65_HS1-834228961_62-HQ-83894_Section_4
Agency: FBI
Page 42
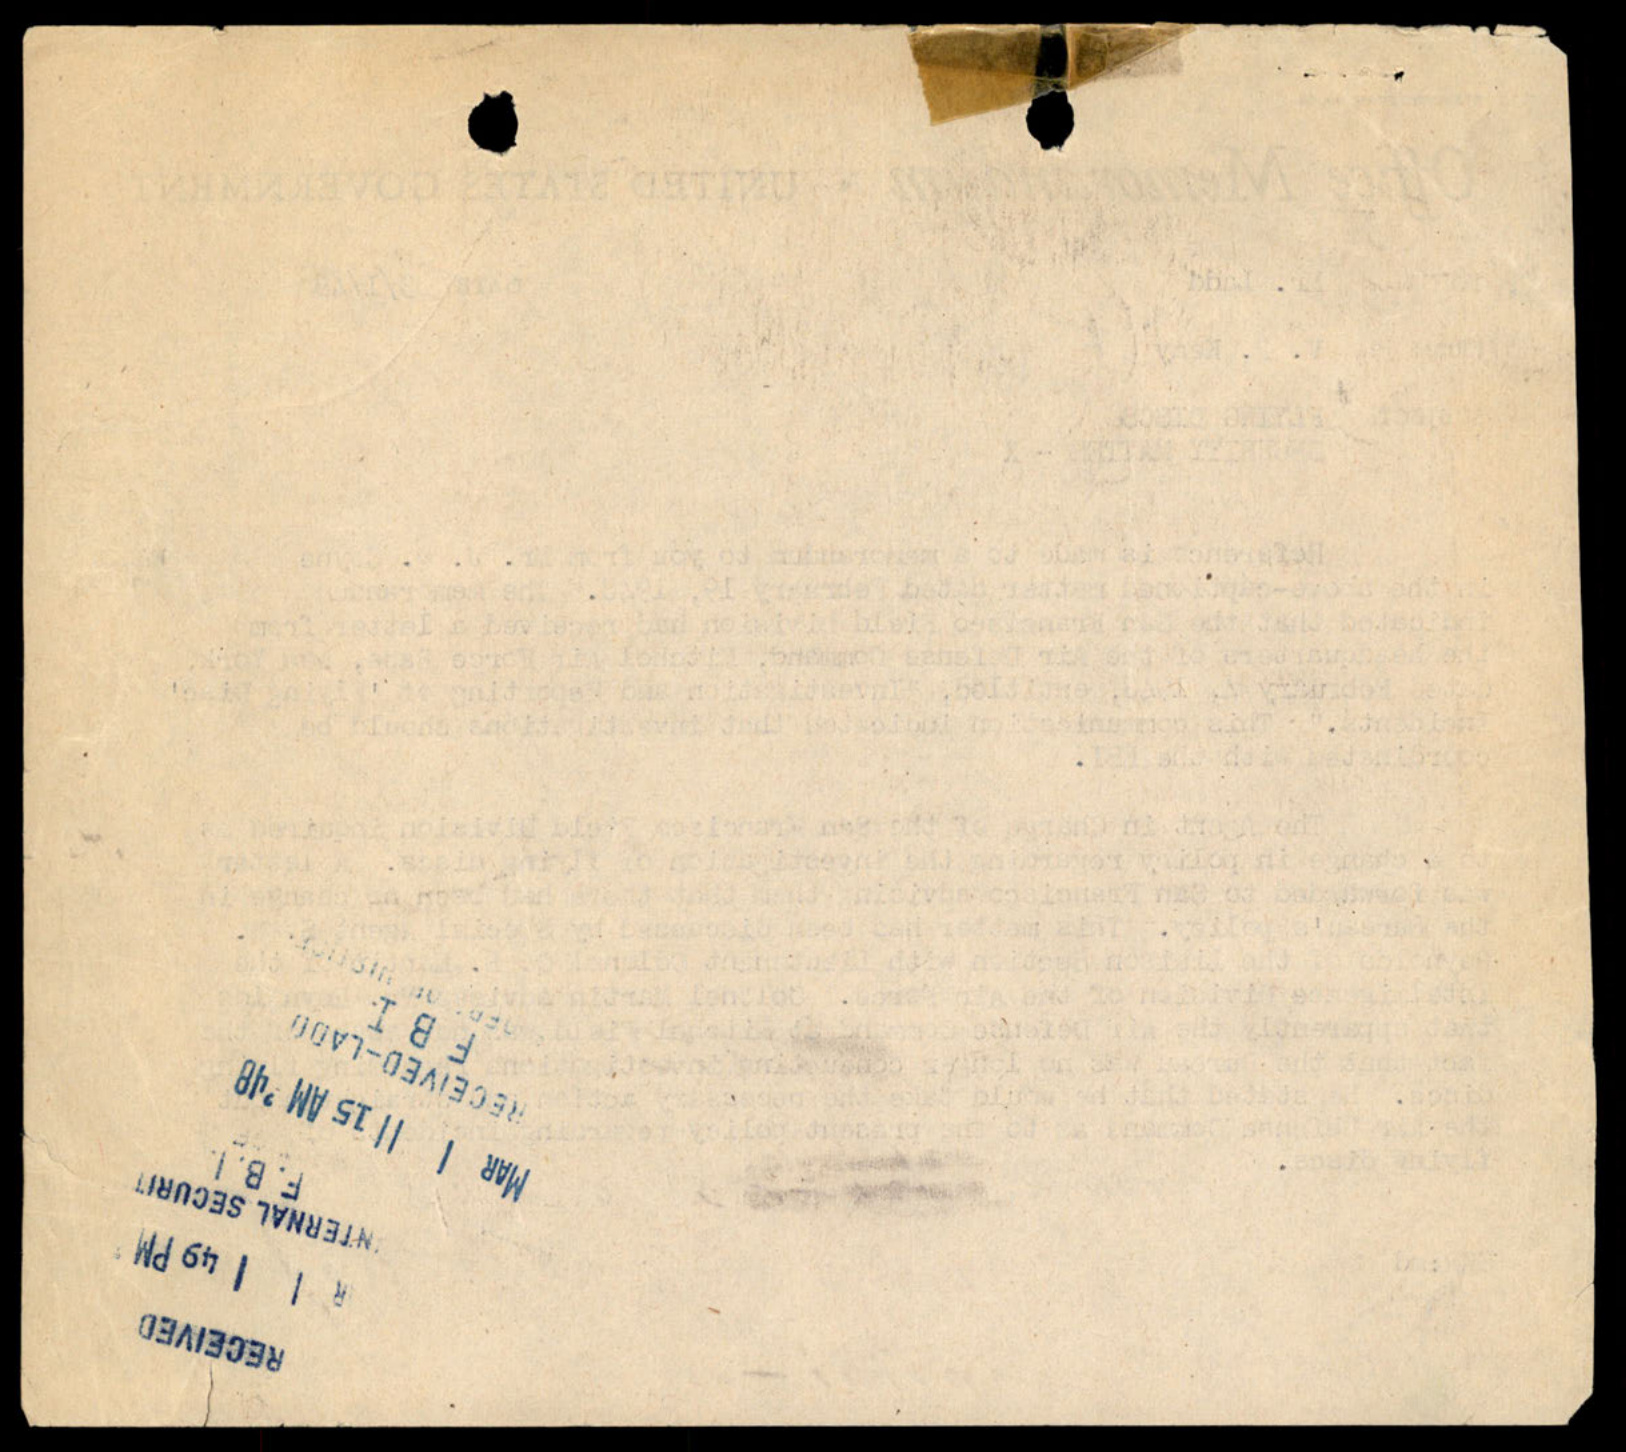